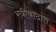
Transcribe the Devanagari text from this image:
स्त्रीवादात